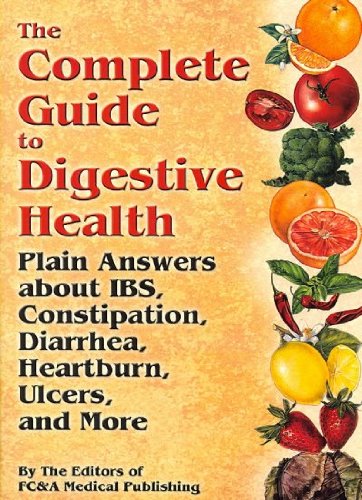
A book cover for The Complete Guide to Digestive Health: Plain Answers About IBS, Constipation, Diarrhea, Heartburn, Ulcers and More; Fc & a Medical Publishing; Health, Fitness & Dieting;